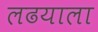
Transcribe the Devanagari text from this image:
लढयाला